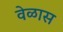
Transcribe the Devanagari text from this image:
वेळास